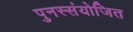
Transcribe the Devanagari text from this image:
पुनस्संयोजित